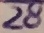
Text: 28